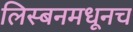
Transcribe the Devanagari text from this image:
लिस्बनमधूनच